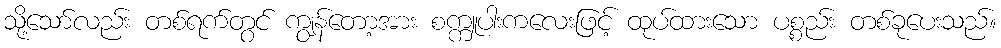
သို့သော်လည်း တစ်ရက်တွင် ကျွန်တော့အား စက္ကူပါးကလေးဖြင့် ထုပ်ထားသော ပစ္စည်း တစ်ခုပေးသည်။